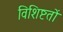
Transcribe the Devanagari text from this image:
विशिष्टतों